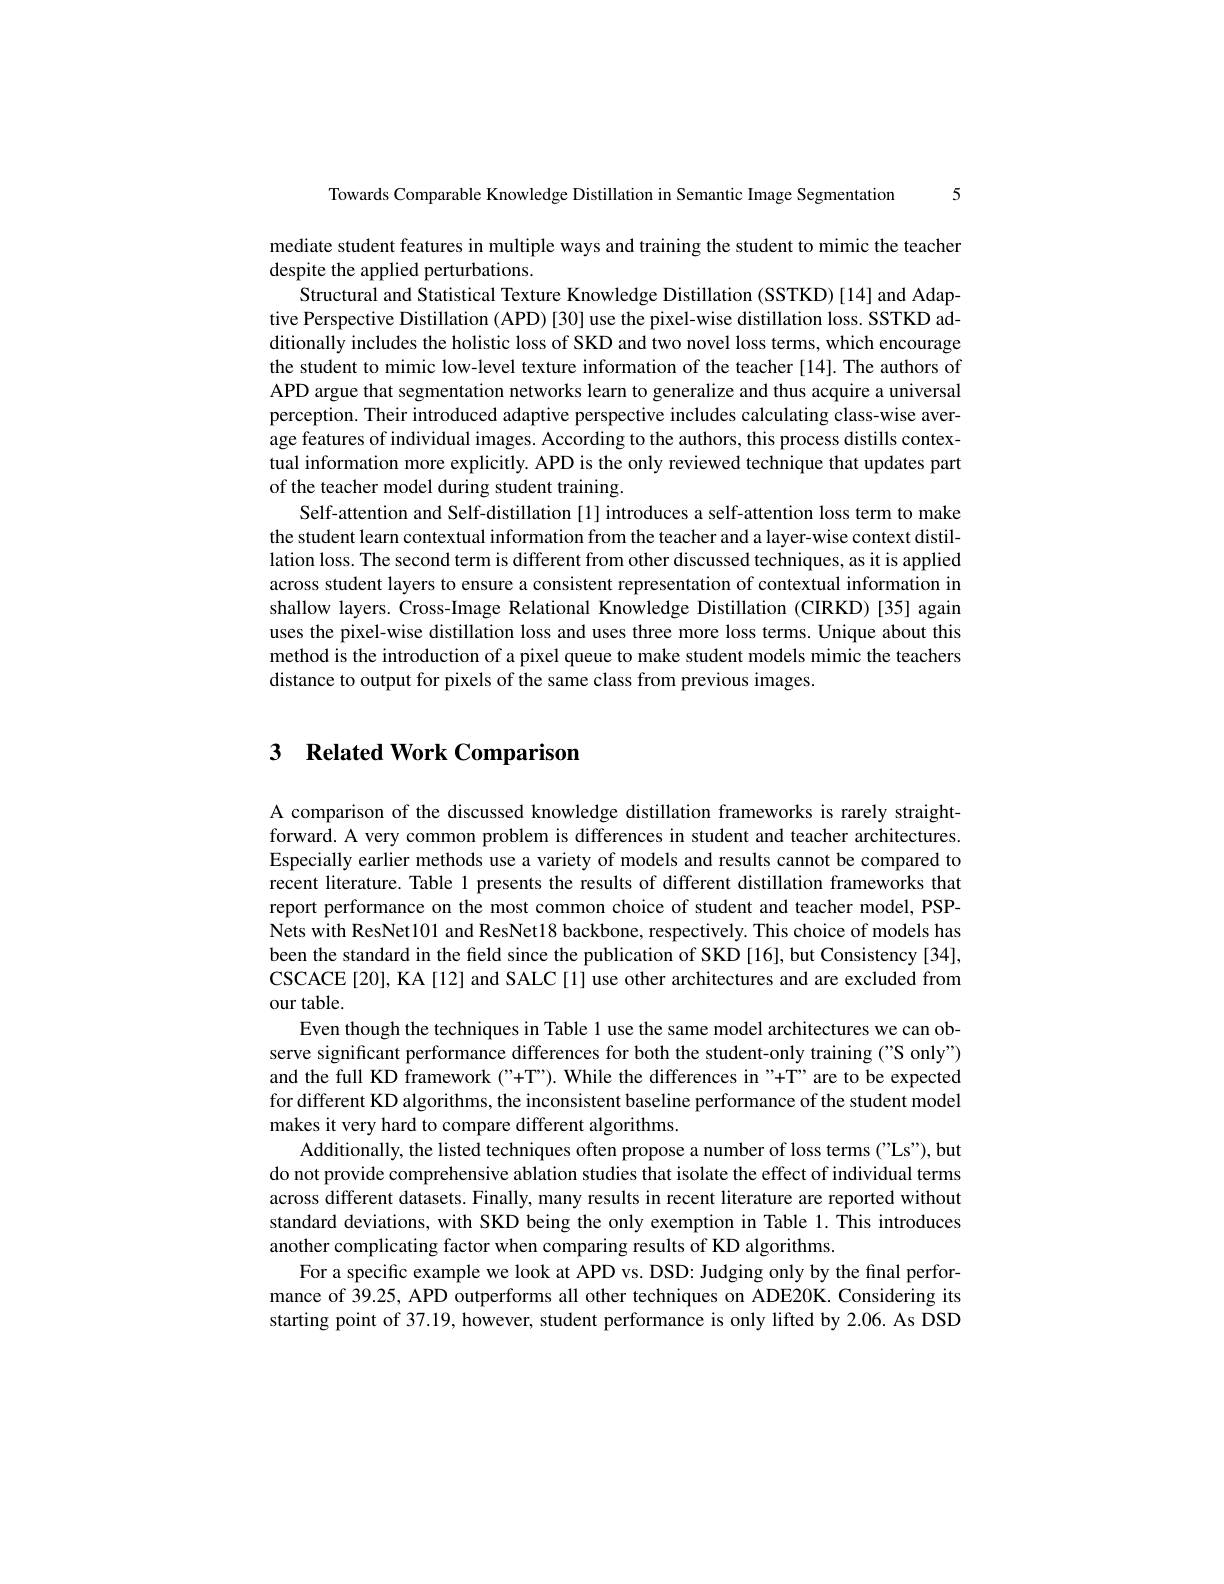
Towards Comparable Knowledge Distillation in Semantic Image Segmentation 5

mediate student features in multiple ways and training the student to mimic the teacher
despite the applied perturbations.
Structural and Statistical Texture Knowledge Distillation (SSTKD)[14] and Adap tive Perspective Distillation (APD) [30] use the pixel-wise distillation loss. SSTKD additionally includes the holistic loss of SKD and two novel loss terms, which encourage the student to mimic low-level texture information of the teacher [14]. The authors of APD argue that segmentation networks learn to generalize and thus acquire a universal perception. Their introduced adaptive perspective includes calculating class-wise average features of individual images. According to the authors, this process distills contextual information more explicitly. APD is the only reviewed technique that updates part of the teacher model during student training.
Self-attention and Self-distillation [1] introduces a self-attention loss term to make the student learn contextual information from the teacher and a layer-wise context distillation loss. The second term is different from other discussed techniques, as it is applied across student layers to ensure a consistent representation of contextual information in shallow layers. Cross-Image Relational Knowledge Distillation (CIRKD)[35] again uses the pixel-wise distillation loss and uses three more loss terms. Unique about this method is the introduction of a pixel queue to make student models mimic the teachers distance to output for pixels of the same class from previous images

## 3 Related Work Comparison

A comparison of the discussed knowledge distillation frameworks is rarely straightforward. A very common problem is differences in student and teacher architectures. Especially earlier methods use a variety of models and results cannot be compared to recent literature. Table 1 presents the results of different distillation frameworks that report performance on the most common choice of student and teacher model, PSPNets with ResNet101 and ResNet18 backbone, respectively. This choice of models has been the standard in the field since the publication of SKD [16], but Consistency [34], CSCACE[20], KA[12] and SALC[1] use other architectures and are excluded from our table.
Even though the techniques in Table 1 use the same model architectures we can observe significant performance differences for both the student-only training ("S only") and the full KD framework ("+T"). While the differences in "+T" are to be expected for different KD algorithms, the inconsistent baseline performance of the student model makes it very hard to compare different algorithms
Additionally, the listed techniques often propose a number of loss terms ("Ls"), but do not provide comprehensive ablation studies that isolate the effect of individual terms across different datasets. Finally, many results in recent literature are reported without standard deviations, with SKD being the only exemption in Table 1. This introduces another complicating factor when comparing results of KD algorithms
For a specific example we look at APD vs. DSD: Judging only by the final performance of 39.25, APD outperforms all other techniques on ADE20K. Considering its starting point of 37.19, however, student performance is only lifted by 2.06. As DSD